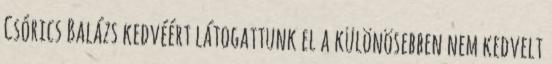
Csórics Balázs kedvéért látogattunk el a különösebben nem kedvelt